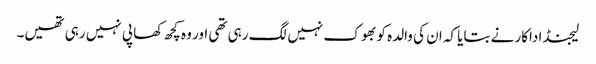
لیجنڈ اداکار نے بتایا کہ ان کی والدہ کو بھوک نہیں لگ رہی تھی اور وہ کچھ کھا پی نہیں رہی تھیں۔